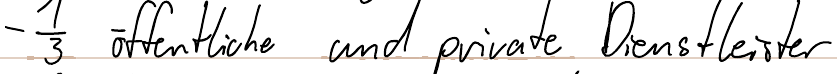
- 1/3 öffentliche und private Dienstleister